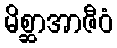
မိစ္ဆာအာဇီဝံ